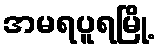
အမရပူရမြို့